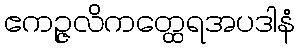
ဧကဉ္ဇလိကတ္ထေရအပဒါနံ